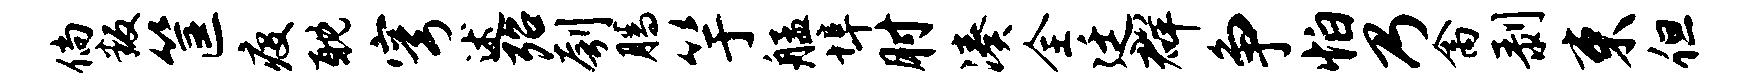
倘叛筐疫耽穹述殆刳腾竽艋埠肘凑全廷群争怕乃禽剥束但